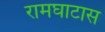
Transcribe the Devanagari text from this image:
रामघाटास